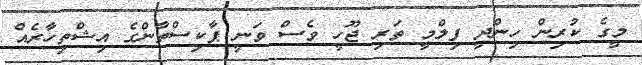
މީގެ ކުރިން ހިންދީ ފިލްމީ ތަރި ޖޫހީ ވެސް ވަނީ ޕާކިސްތާންގެ އިޝްތިހާރެއް